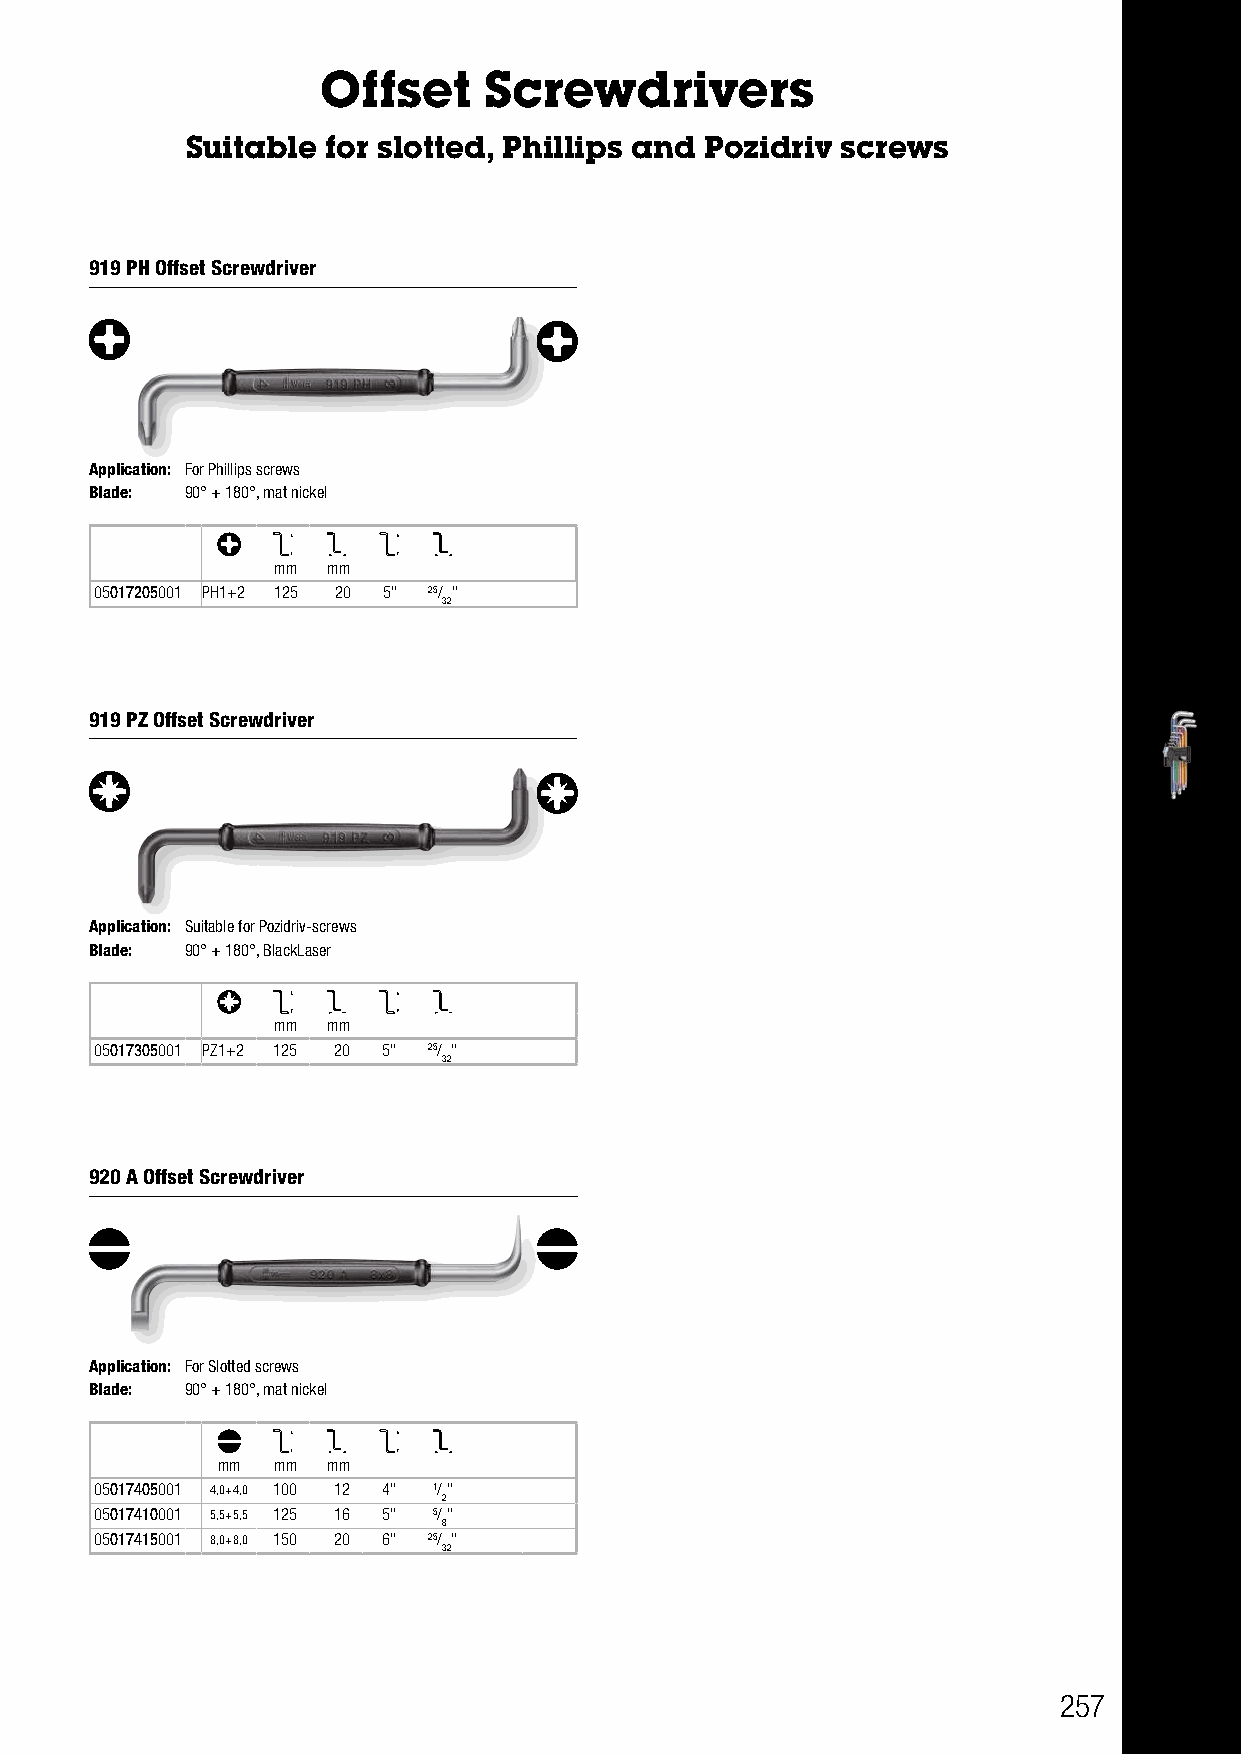
Offset     Screwdrivers
 Suitable  for slotted, Phillips and Pozidriv screws
 919 PH Offset Screwdriver
 Application: For Phillips screws
 Blade: 90° + 180°, mat nickel
 mm  mm
 05017205001 PH1+2 125 20 5" 25/ "
 32
 919 PZ Offset Screwdriver
 Application: Suitable for Pozidriv-screws
 Blade: 90° + 180°, BlackLaser
 mm  mm
 05017305001 PZ1+2 125 20 5" 25/ "
 32
 920 A Offset Screwdriver
 Application: For Slotted screws
 Blade: 90° + 180°, mat nickel
 mm  mm  mm
 05017405001 4,0+4,0 100 12 4" 1/"
 2
 05017410001 5,5+5,5 125 16 5" 5/"
 8
 05017415001 8,0+8,0 150 20 6" 25/ "
 32
 257